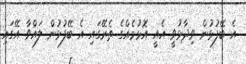
އެ ބޭފުޅުން ވިދާޅުވީ އެއީ އޮޅުމެއްގެ ތެރޭގައި އެ ބޭފުޅުން ލައްވާ އޭގައި